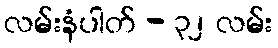
လမ်းနံပါတ် - ၃၂ လမ်း